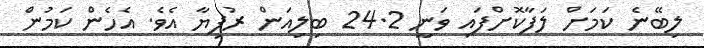
ލިބޭނެ ކަމަށް ލަފާކޮށްފައި ވަނީ 24.2 ބިލިއަން ރުފިޔާ އެވެ. އެހެން ކަމުން